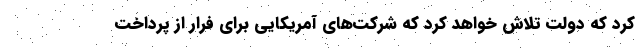
کرد که دولت تلاش خواهد کرد که شرکت‌های آمریکایی برای فرار از پرداخت